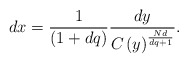
\begin{align*}dx=\frac{1}{\left( 1+dq\right) }\frac{dy}{C\left( y\right) ^{\frac{Nd}{dq+1}}}.\end{align*}